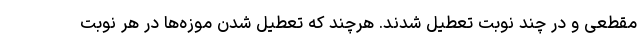
مقطعی و در چند نوبت تعطیل شدند. هرچند که تعطیل شدن موزه‌ها در هر نوبت